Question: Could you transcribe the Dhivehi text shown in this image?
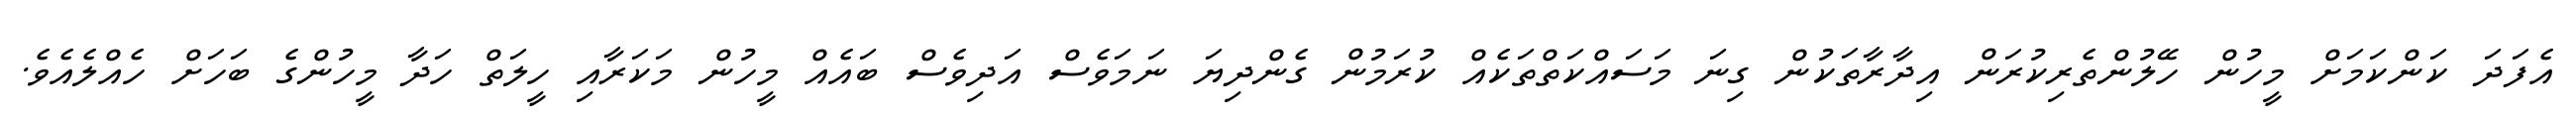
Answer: އެފަދަ ކަންކަމަށް މީހުން ހޭލުންތެރިކުރަން އިދާރާތަކުން ގިނަ މަސައްކަތްތަކެއް ކުރަމުން ގެންދިޔަ ނަމަވެސް އަދިވެސް ބައެއް މީހުން މަކަރާއި ހީލަތް ހަދާ މީހުންގެ ބަހަށް ހެއްލެއެވެ.